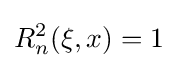
R_{n}^{2}(\xi ,x)=1